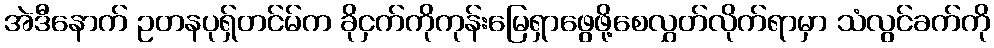
အဲဒီနောက် ဥတနပုရှ်တင်မ်က ခိုငှက်ကိုကုန်းမြေရှာဖွေဖို့စေလွှတ်လိုက်ရာမှာ သံလွင်ခက်ကို